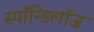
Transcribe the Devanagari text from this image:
स्पॉन्डिलॉज़